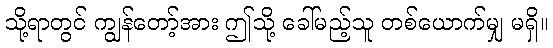
သို့ရာတွင် ကျွန်တော့်အား ဤသို့ ခေါ်မည့်သူ တစ်ယောက်မျှ မရှိ။